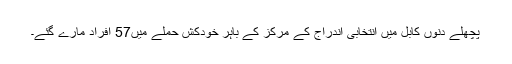
پچھلے دنوں کابل میں انتخابی اندراج کے مرکز کے باہر خودکش حملے میں57 افراد مارے گئے۔